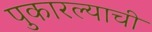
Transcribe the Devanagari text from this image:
पुकारल्याची